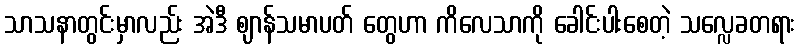
သာသနာတွင်းမှာလည်း အဲဒီ ဈာန်သမာပတ် တွေဟာ ကိလေသာကို ခေါင်းပါးစေတဲ့ သလ္လေခတရား